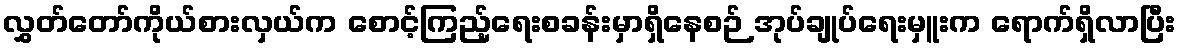
လွှတ်တော်ကိုယ်စားလှယ်က စောင့်ကြည့်ရေးစခန်းမှာရှိနေစဉ် အုပ်ချုပ်ရေးမှူးက ရောက်ရှိလာပြီး